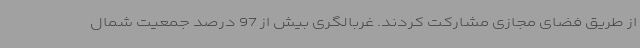
از طریق فضای مجازی مشارکت کردند. غربالگری بیش از 97 درصد جمعیت شمال